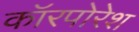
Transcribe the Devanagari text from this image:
कॉरपोरेश